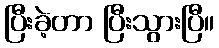
ပြီးခဲ့တာ ပြီးသွားပြီ။